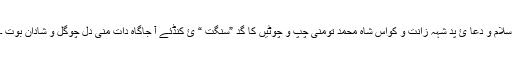
سلام وُ دعا ئَ پد شہہ زانت و کواس شاہ محمد تومنی چَپ و چوٹیں کا گد ”سنگت “ ئِ کنڈئے آ جاگاہ دات منی دل چوگل و شادان بوت ۔